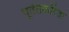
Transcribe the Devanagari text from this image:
पूर्ततेकरिता